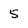
Character: 5